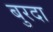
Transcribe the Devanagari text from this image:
बुरदा